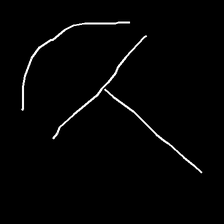
Glyph: dispersion